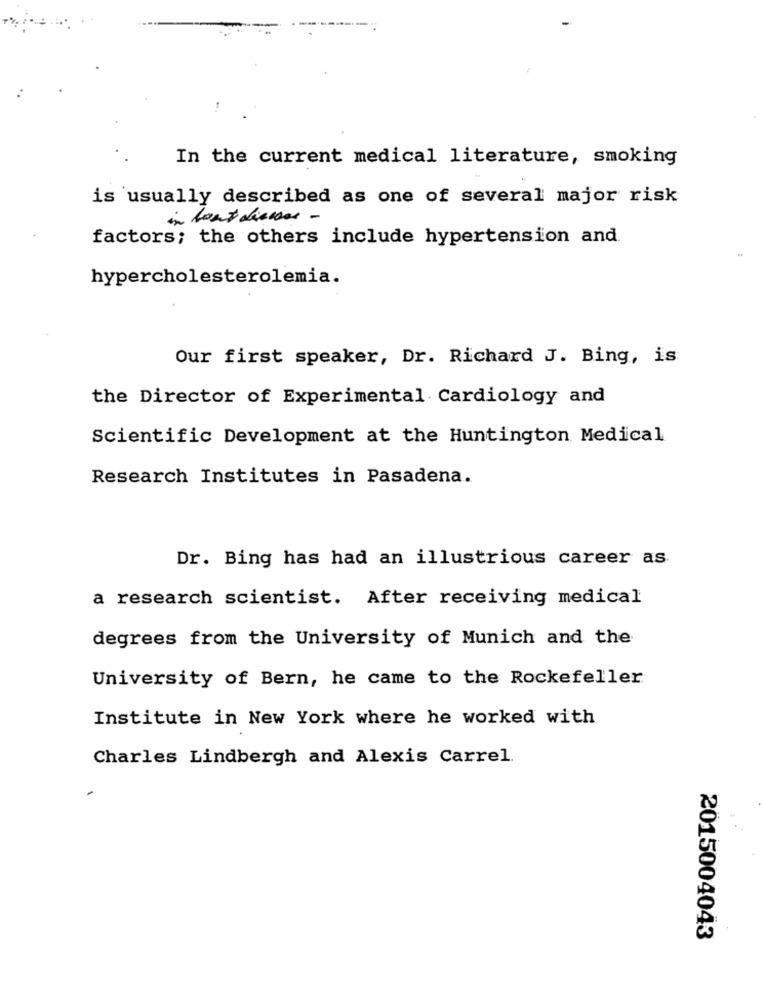
In the current medical literature, smoking
is usually described as one of several major risk
in bout discos -
factors; the others include hypertension and.
hypercholesterolemia.
Our first speaker, Dr. Richard J. Bing, is
the Director of Experimental Cardiology and
Scientific Development at the Huntington Medical
Research Institutes in Pasadena.
Dr. Bing has had an illustrious career as
a research scientist. After receiving medical
degrees from the University of Munich and the
University of Bern, he came to the Rockefeller
Institute in New York where he worked with
Charles Lindbergh and Alexis Carrel.
2015004043